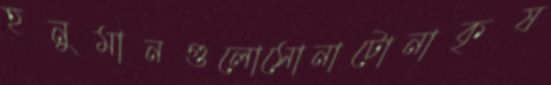
হনুমানগুলোসোনাটোনাকৃষ